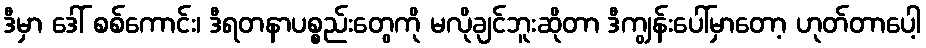
ဒီမှာ ဒေါ် စစ်ကောင်း၊ ဒီရတနာပစ္စည်းတွေကို မလိုချင်ဘူးဆိုတာ ဒီကျွန်းပေါ်မှာတော့ ဟုတ်တာပေါ့